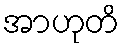
အာဟုတိ